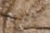
حواري